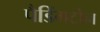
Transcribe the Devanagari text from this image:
पैडिंगटोन